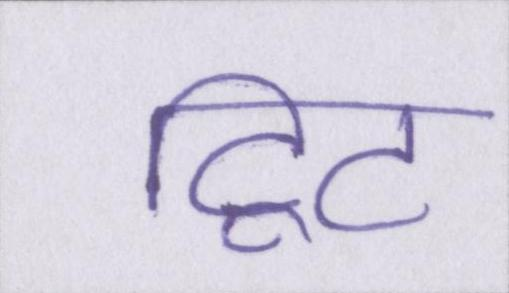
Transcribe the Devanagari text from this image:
ट्विट